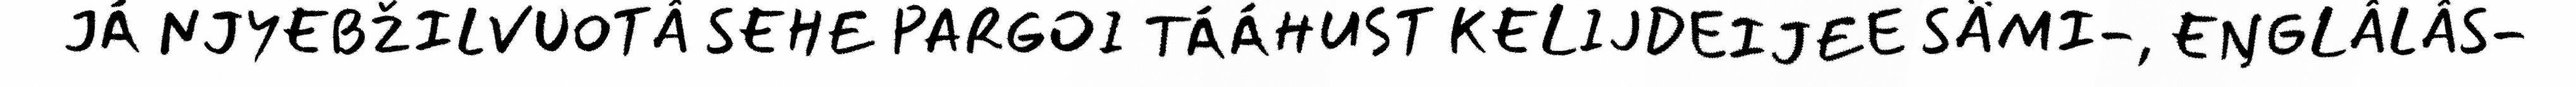
JÁ NJYEBŽILVUOTÂ SEHE PARGOI TÁÁHUST KELIJDEIJEE SÄMI-, EŊGLÂLÂS-